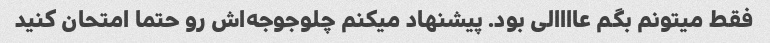
فقط میتونم بگم عاااالی بود. پیشنهاد میکنم چلوجوجه‌اش رو حتما امتحان کنید